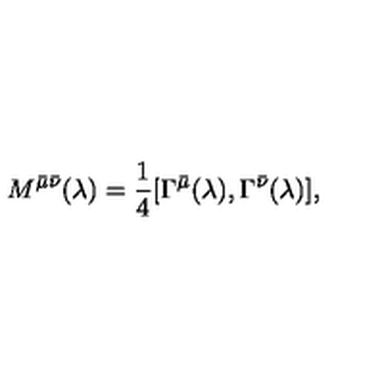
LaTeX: M ^ { \bar { \mu } \bar { \nu } } ( \lambda ) = \frac { 1 } { 4 } [ \Gamma ^ { \bar { \mu } } ( \lambda ) , \Gamma ^ { \bar { \nu } } ( \lambda ) ] ,